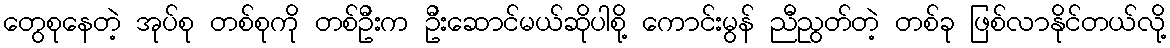
တွေစုနေတဲ့ အုပ်စု တစ်စုကို တစ်ဦးက ဦးဆောင်မယ်ဆိုပါစို့ ကောင်းမွန် ညီညွတ်တဲ့ တစ်ခု ဖြစ်လာနိုင်တယ်လို့